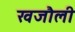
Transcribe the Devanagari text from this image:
खजौली